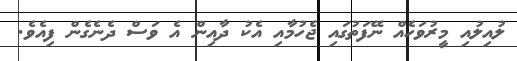
ލުއިލުއި މީރުވަހެއް ނޭފަތުގައި ޖެހުމާއި އެކު ދާއިން އެ ވަސް ދެނެގެން ފިއެވެ.